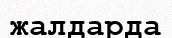
жалдарда